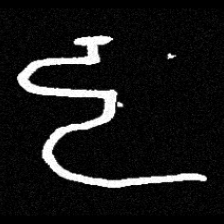
Pyu character \u2014 Myanmar letter: ဠ (romanized: lla)